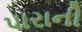
પારાની